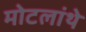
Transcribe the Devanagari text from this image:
मोटलांथे